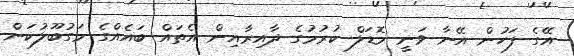
އޭގެ ފަހުން އޭނާ ވަނީ މޮޑަލް ކުރުމުގެ ދާއިރާއިން އެތައް ބައެއްގެ މަގުބޫލުކަން